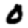
Digit: 0